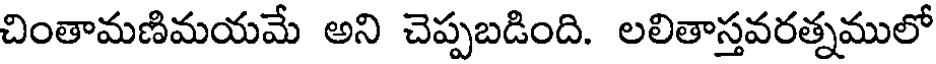
చింతామణిమయమే అని చెప్పబడింది. లలితాస్తవరత్నములో